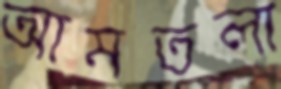
আমতলা